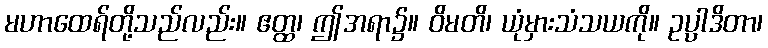
မဟာထေရ်တို့သည်လည်း။ ဧတ္ထ၊ ဤအရာ၌။ ဝိမတိ၊ ယုံမှားသံသယကို။ ဥပ္ပါဒိတာ၊